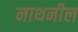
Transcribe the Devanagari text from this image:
नाथनील